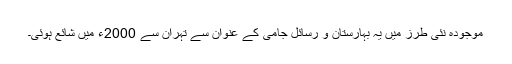
موجودہ نئی طرز میں یہ بہارستان و رسائل جامی کے عنوان سے تہران سے 2000ء میں شائع ہوئی۔